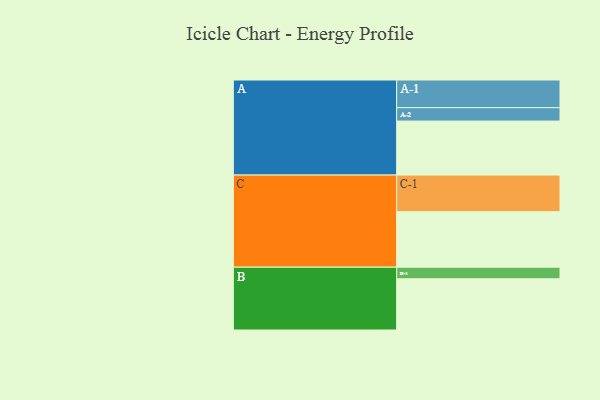
{"axis": {"x": "Segment", "y": "Value"}, "legend": ["", "A", "B", "C"], "data": [{"x": "A", "y": 363, "type": ""}, {"x": "B", "y": 344, "type": ""}, {"x": "C", "y": 373, "type": ""}, {"x": "A-1", "y": 186, "type": "A"}, {"x": "A-2", "y": 90, "type": "A"}, {"x": "B-1", "y": 78, "type": "B"}, {"x": "C-1", "y": 246, "type": "C"}]}